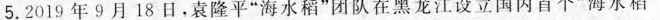
5. 2019 年 9 月 18 日，袁隆平“海水稻”团队在黑龙江设立国内首个“海水稻”